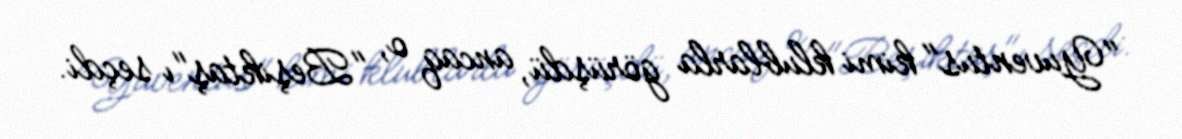
"Yuventus" kimi klublarla görüşdü, ancaq o, "Beşiktaş"ı seçdi.